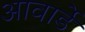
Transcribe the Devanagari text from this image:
आवार्डे